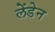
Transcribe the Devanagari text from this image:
लेंडेन